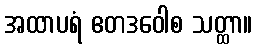
အထာပရံ ဧတဒဝေါစ သတ္ထာ။